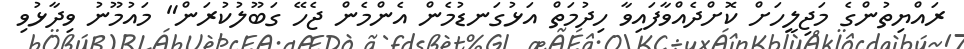
ރައްޔިތުންގެ މަޖިލީހަށް ކޮށްދެއްވާފައިވާ ހިދުމަތް އަޅުގަނޑުމެން އެންމެން ޖެހޭ ގަބޫލުކުރަން" މައުމޫނު ވިދާޅުވި